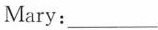
Mary：___